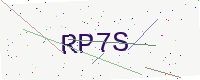
Text: RP7S